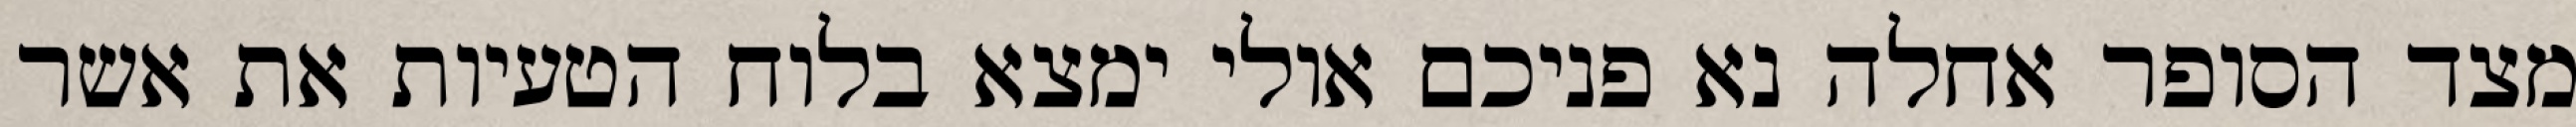
מצד הסופר אחלה נא פניכם אולי ימצא בלוח הטעיות את אשר